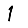
Digit: 1